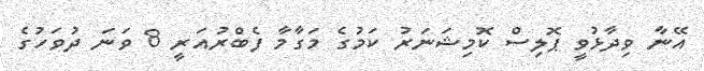
އޭނާ ވިދާޅުވީ ޕޮލިސް ކޮމިޝަނަރު ކަމުގެ މަގާމާ ފެބްރުއަރީ 8 ވަނަ ދުވަހުގެ